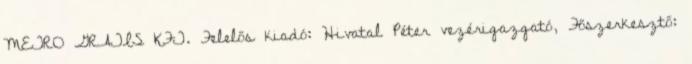
METRO GRATIS KFT. Felelős kiadó: Hivatal Péter vezérigazgató, Főszerkesztő: